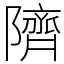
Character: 隮